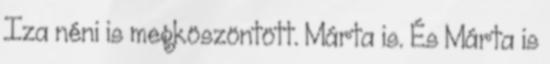
Iza néni is megköszöntött. Márta is. És Márta is